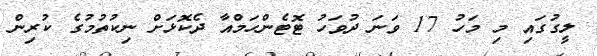
ލީގުގައި މި މަހު 17 ވަނަ ދުވަހު ޓޮޓެންހަމްއާ ދެކޮޅަށް ނިކުތުމުގެ ކުރިން